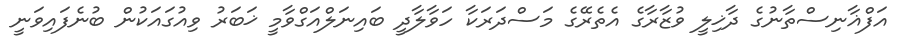
އަފްޣާނިސްތާނުގެ ދާޚިލީ ވުޒާރާގެ އެތެރޭގެ މަސްދަރަކާ ހަވާލާދީ ބައިނަލްއަގްވާމީ ޚަބަރު ވިއުގައަކުން ބުނެފައިވަނީ